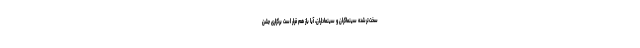
سخت‌ترشده سینماگران و سینماداران، آیا باز هم قرار است برگزاری جشن